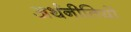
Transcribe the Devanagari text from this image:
अर्थनीतियों